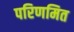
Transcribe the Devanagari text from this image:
परिणमित